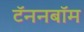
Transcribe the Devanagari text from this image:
टॅननबॉम